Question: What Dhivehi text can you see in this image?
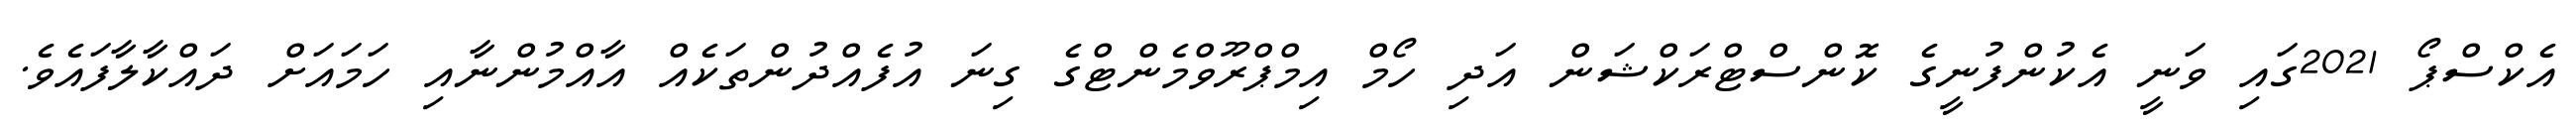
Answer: އެކްސްޕޯ 2021ގައި ވަނީ އެކުންފުނީގެ ކޮންސްޓްރަކްޝަން އަދި ހޯމް އިމްޕްރޫވްމެންޓްގެ ގިނަ އުފެއްދުންތަކެއް އާއްމުންނާއި ހަމައަށް ދައްކާލާފައެވެ.